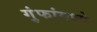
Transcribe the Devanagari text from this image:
गुंफांमध्ये